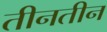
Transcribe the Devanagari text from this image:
तीनतीन